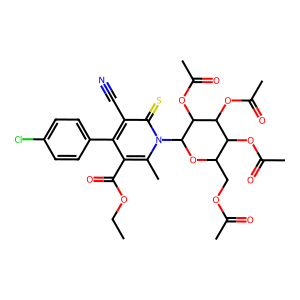
SMILES: CCOC(=O)c1c(-c2ccc(Cl)cc2)c(C#N)c(=S)n(C2OC(COC(C)=O)C(OC(C)=O)C(OC(C)=O)C2OC(C)=O)c1C
Inhibits HIV replication: No